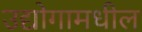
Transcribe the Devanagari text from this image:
उद्योगामधील